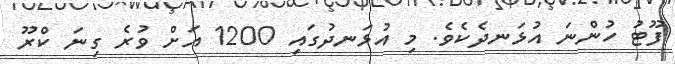
ފޫޓު ހުންނަ އުޅަނދެކެވެ. މި އުޅަނދުގައި 1200 އަށް ވުރެ ގިނަ ކްރޫ